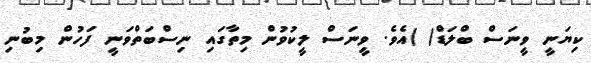
ކިޔަނީ ވީނަސް ބްލަޑް( )އެވެ. ވީނަސް ލީކުވުން މިތާގައި ނިސްބަތްވަނީ ފަހުން މިބުނި